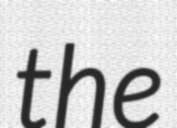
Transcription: the